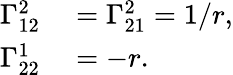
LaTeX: \begin{array}{rl}{\Gamma_{12}^{2}}&{{}=\Gamma_{21}^{2}=1/r,}\\ {\Gamma_{22}^{1}}&{{}=-r.}\end{array}